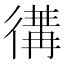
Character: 𢔵